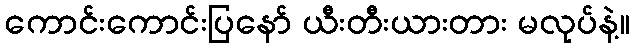
ကောင်းကောင်းပြနော် ယီးတီးယားတား မလုပ်နဲ့။